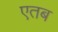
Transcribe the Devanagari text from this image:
एतब